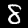
Label: 8